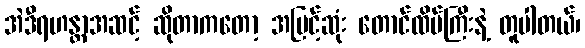
အဲဒီရဟန္တာအဆင့် ဆိုတာကတော့ အမြင့်ဆုံး တောင်ထိပ်ကြီးနဲ့ တူပါတယ်၊